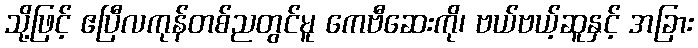
သို့ဖြင့် ဧပြီလကုန်တစ်ညတွင်မူ ကေဗီဆေးကို၊ ဗယ်ဗယ့်ဆူနှင့် အခြား